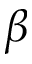
\beta